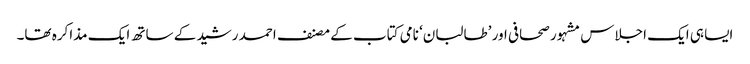
ایسا ہی ایک اجلاس مشہور صحافی اور ’طالبان‘ نامی کتاب کے مصنف احمد رشید کے ساتھ ایک مذاکرہ تھا۔